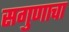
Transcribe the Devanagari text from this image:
सगुणाचा